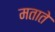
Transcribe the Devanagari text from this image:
मताते